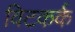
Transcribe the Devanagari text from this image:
विटकर्क